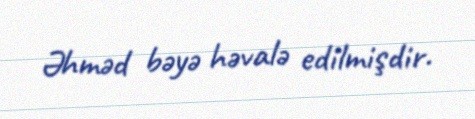
Əhməd bəyə həvalə edilmişdir.